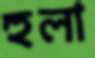
হুলা